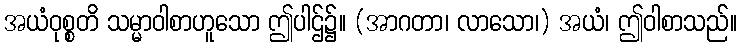
အယံဝုစ္စတိ သမ္မာဝါစာဟူသော ဤပါဌ်၌။ (အာဂတာ၊ လာသော၊) အယံ၊ ဤဝါစာသည်။